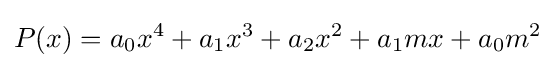
P(x)=a_{0}x^{4}+a_{1}x^{3}+a_{2}x^{2}+a_{1}mx+a_{0}m^{2}